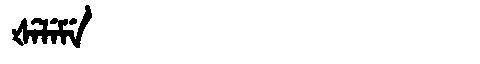
Manchu: ᡧᡝᠯᡝᠮᡝ
Romanization: ŠELEME